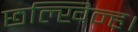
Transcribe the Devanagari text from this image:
छल्खिन्ह।